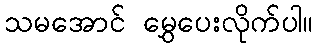
သမအောင် မွှေပေးလိုက်ပါ။